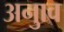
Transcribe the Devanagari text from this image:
अनुाव